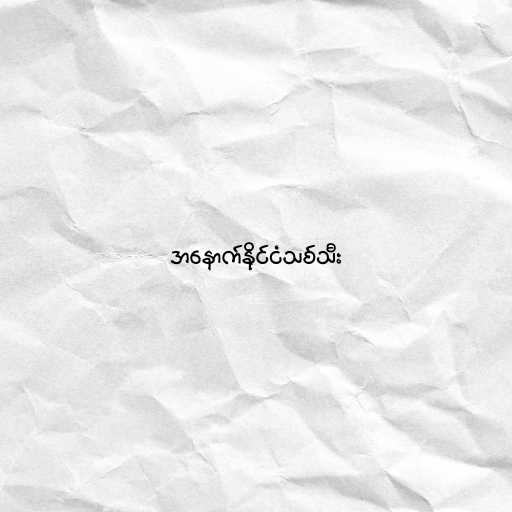
အနောက်နိုင်ငံသစ်သီး